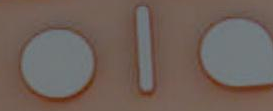
ola